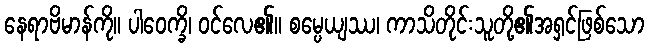
နေရာဗိမာန်ကို။ ပါဝေက္ခိ၊ ဝင်လေ၏။ စမ္ပေယျဿ၊ ကာသိတိုင်းသူတို့၏အရှင်ဖြစ်သော